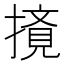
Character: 𰔤